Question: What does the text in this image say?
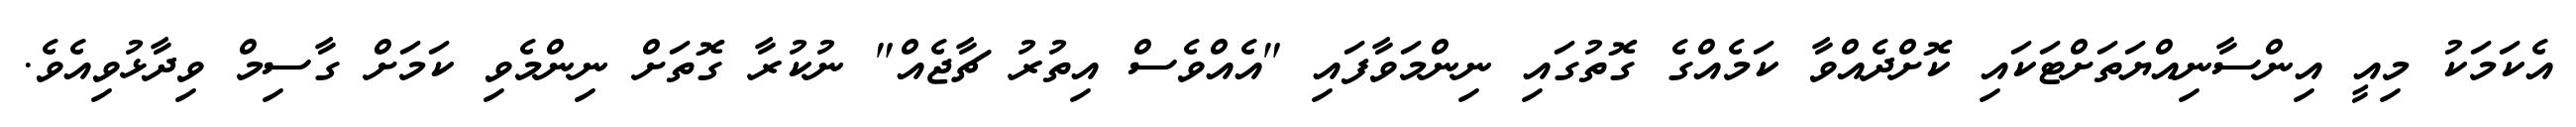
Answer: އެކަމަކު މިއީ އިންސާނިއްޔަތަށްޓަކައި ކޮށްދެއްވާ ކަމެއްގެ ގޮތުގައި ނިންމަވާފައި "އެއްވެސް އިތުރު ޗާޖެއް" ނުކުރާ ގޮތަށް ނިންމެވި ކަމަށް ގާސިމް ވިދާޅުވިއެވެ.